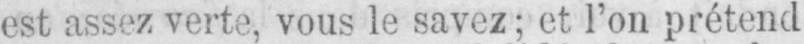
est assez verte, vous le savez; et l’on prétend